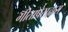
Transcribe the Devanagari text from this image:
गीताप्रेसद्वारा